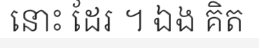
នោះ ដែរ ។ ឯង គិត